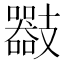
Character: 𢻪